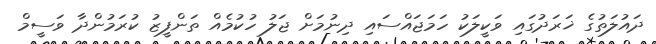
ދައުލަތުގެ ޚަރަދުގައި ވަކީލަކު ހަމަޖައްސައި ދިނުމަށް ޖަލު ހުކުމެއް ތަންފީޒު ކުރަމުންދާ ވަސީމް